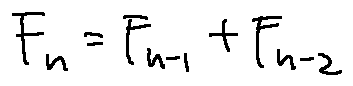
F _ { n } = F _ { n - 1 } + F _ { n - 2 }